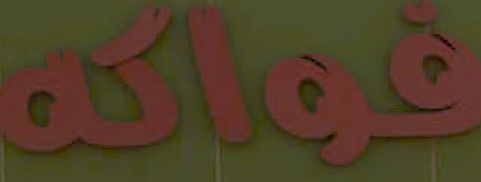
فواكه